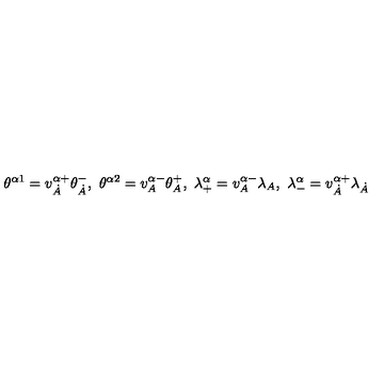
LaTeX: \theta ^ { \alpha 1 } = v _ { \dot { A } } ^ { \alpha + } \theta _ { \dot { A } } ^ { - } , \ \theta ^ { \alpha 2 } = v _ { A } ^ { \alpha - } \theta _ { A } ^ { + } , \ \lambda _ { + } ^ { \alpha } = v _ { A } ^ { \alpha - } \lambda _ { A } , \ \lambda _ { - } ^ { \alpha } = v _ { \dot { A } } ^ { \alpha + } \lambda _ { \dot { A } }